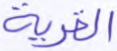
القرية